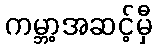
ကမ္ဘာ့အဆင့်မှီ